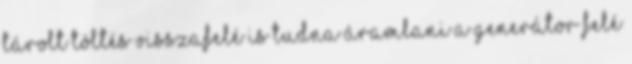
tárolt töltés visszafelé is tudna áramlani a generátor felé